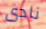
نادى